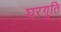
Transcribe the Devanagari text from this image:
घरगुति